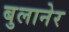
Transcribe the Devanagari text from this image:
बुलानेर